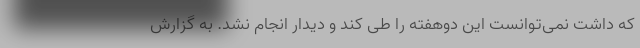
که داشت نمی‌توانست این دوهفته را طی کند و دیدار انجام نشد. به گزارش